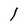
Character: l